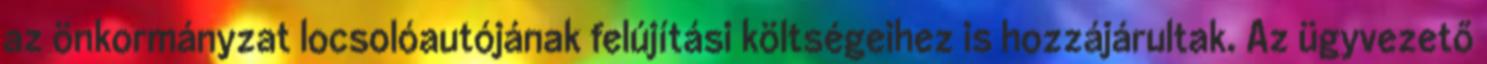
az önkormányzat locsolóautójának felújítási költségeihez is hozzájárultak. Az ügyvezető